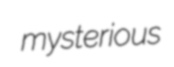
mysterious